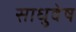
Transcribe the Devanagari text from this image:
साधुवेष